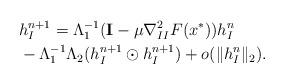
LaTeX: \begin{align*}& h_{I}^{n+1} = \Lambda_1^{-1} (\mathbf{I} - \mu \nabla_{II}^2 F(x^*)) h_{I}^n \\& -\Lambda_1^{-1} \Lambda_2 (h_{I}^{n+1}\odot h_{I}^{n+1}) + o(\|h_{I}^n\|_2).\end{align*}